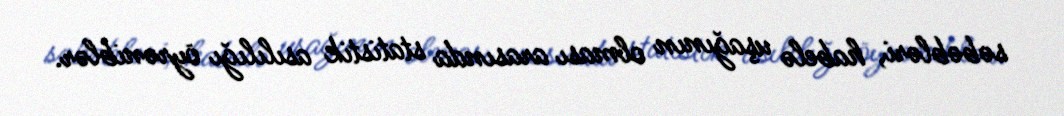
səbəbləri, habelə uşağının olması arasında statistik asılılığı öyrəniblər.